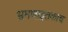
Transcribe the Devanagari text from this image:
भ्रमणाइतकाच